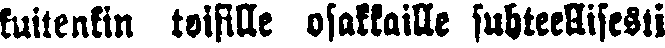
kuitenkin toisille osakkaille suhteellisesti